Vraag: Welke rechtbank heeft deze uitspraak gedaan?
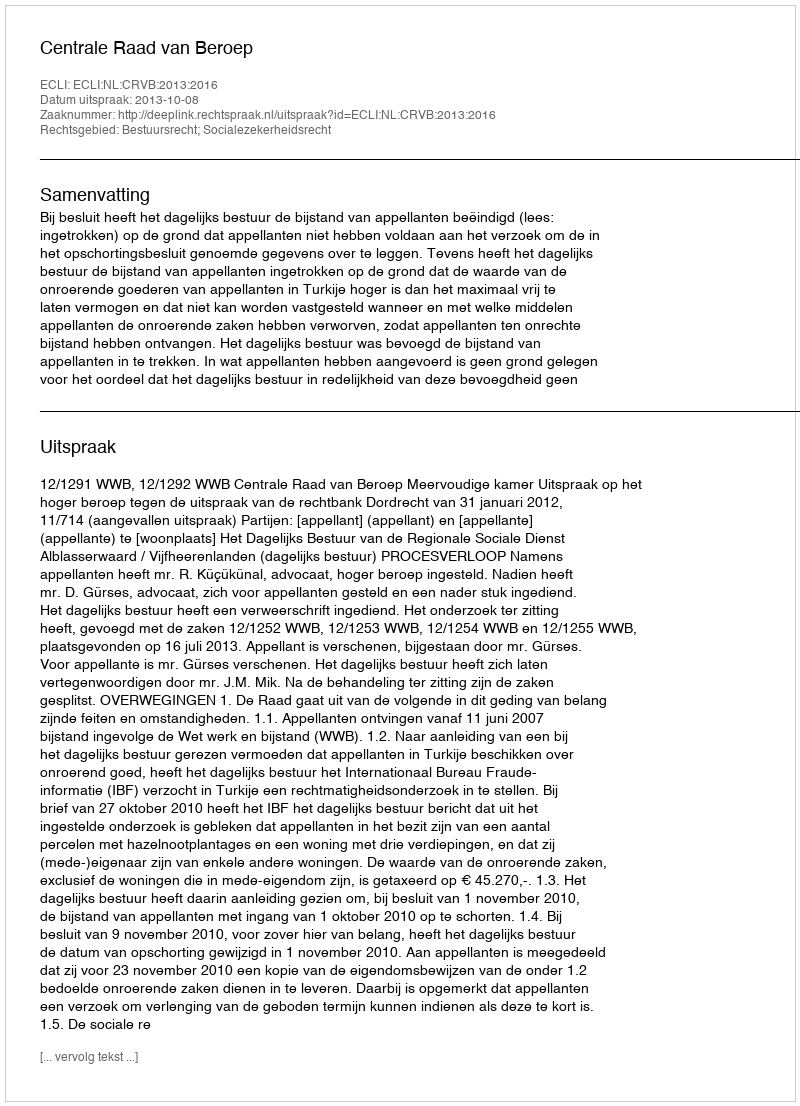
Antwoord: Centrale Raad van Beroep